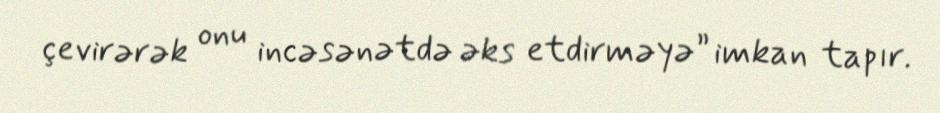
çevirərək onu incəsənətdə əks etdirməyə” imkan tapır.